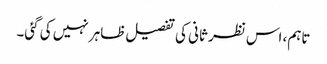
تاہم، اس نظر ثانی کی تفصیل ظاہر نہیں کی گئی۔